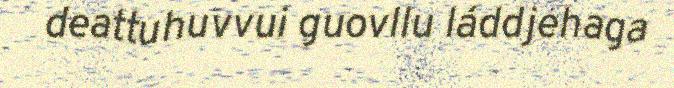
deattuhuvvui guovllu láddjehaga